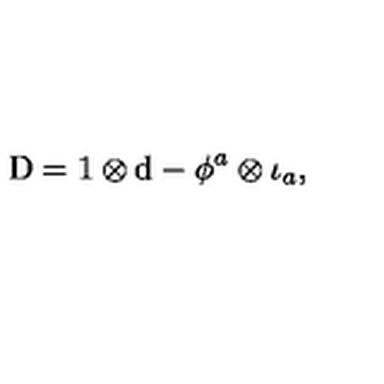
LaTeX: \mathrm { D } = 1 \otimes \mathrm { d } - \phi ^ { a } \otimes \iota _ { a } ,